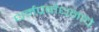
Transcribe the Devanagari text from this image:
धर्मप्रबोधनाचे